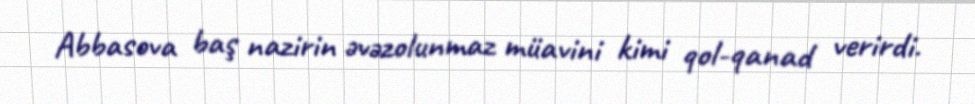
Abbasova baş nazirin əvəzolunmaz müavini kimi qol-qanad verirdi.